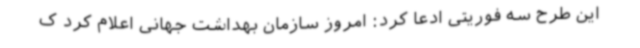
این طرح سه فوریتی ادعا کرد: امروز سازمان بهداشت جهانی اعلام کرد ک